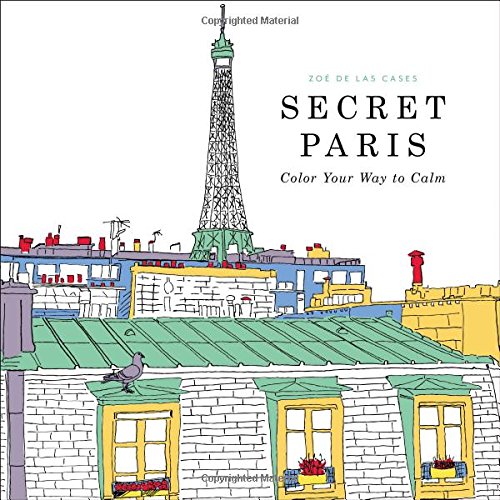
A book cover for Secret Paris: Color Your Way to Calm; Humor & Entertainment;